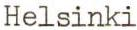
Helsinki